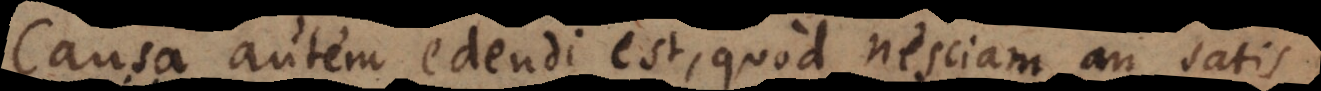
Causa autem edendi est, quod nesciam an sat